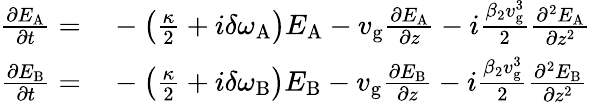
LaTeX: \begin{array}{rl}{\frac{\partial E_{\mathrm{A}}}{\partial t}=}&{{}-\left(\frac{\kappa}{2}+i\delta\omega_{\mathrm{A}}\right)E_{\mathrm{A}}-v_{\mathrm{g}}\frac{\partial E_{\mathrm{A}}}{\partial z}-i\frac{\beta_{2}v_{\mathrm{g}}^{3}}{2}\frac{\partial^{2}E_{\mathrm{A}}}{\partial z^{2}}}\\ {\frac{\partial E_{\mathrm{B}}}{\partial t}=}&{{}-\left(\frac{\kappa}{2}+i\delta\omega_{\mathrm{B}}\right)E_{\mathrm{B}}-v_{\mathrm{g}}\frac{\partial E_{\mathrm{B}}}{\partial z}-i\frac{\beta_{2}v_{\mathrm{g}}^{3}}{2}\frac{\partial^{2}E_{\mathrm{B}}}{\partial z^{2}}}\end{array}